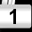
Digit: 1